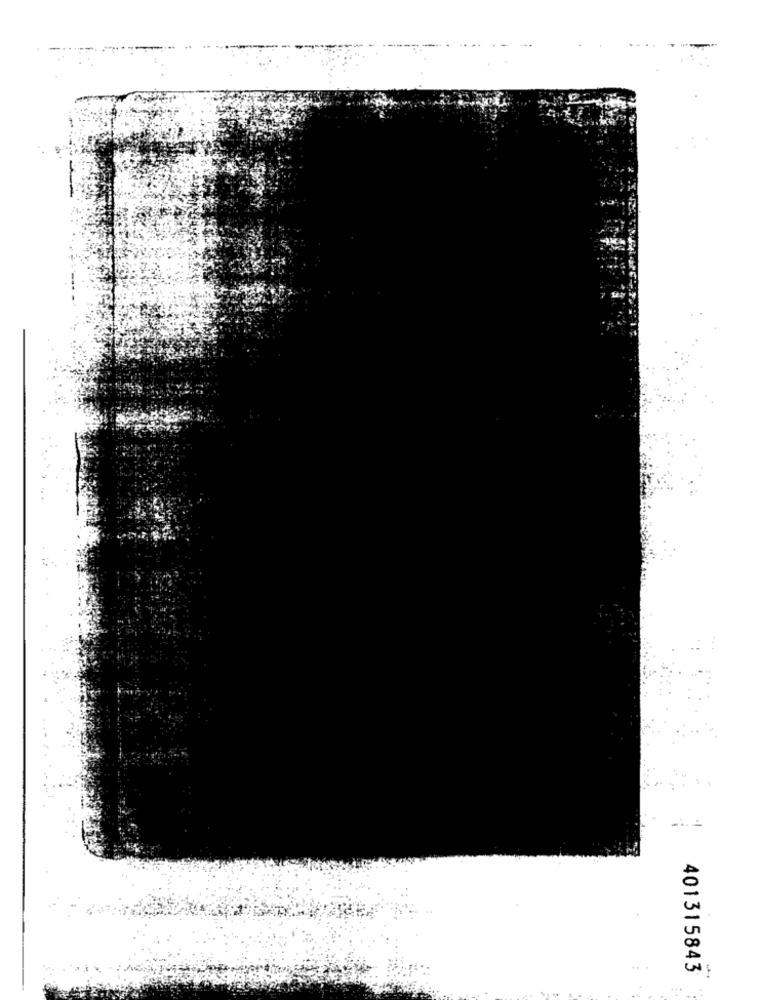
401315843